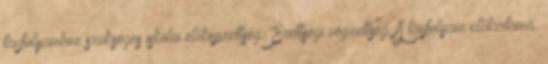
tanfolyamhoz szükséges iskolai előképzettség: Érettségi végzettség. A tanfolyam időtartama: